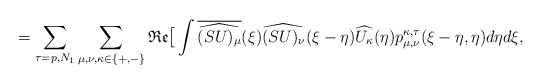
\begin{align*}=\sum_{\tau=p, N_1} \sum_{\mu, \nu, \kappa \in\{+,-\}} \mathfrak{Re} \big[\int \overline{\widehat{(SU)_{\mu}}}(\xi)\widehat{(SU)_{\nu}}(\xi-\eta) \widehat{U_{\kappa}}(\eta) p_{\mu, \nu}^{\kappa,\tau}(\xi-\eta, \eta) d \eta d \xi, \end{align*}